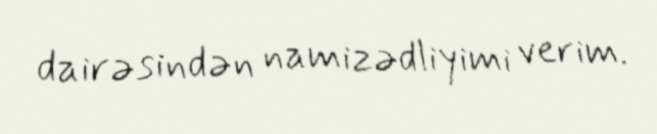
dairəsindən namizədliyimi verim.